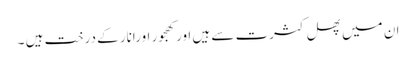
ان میں پھل کثرت سے ہیں اورکھجور اورانار کے درخت ہیں ۔